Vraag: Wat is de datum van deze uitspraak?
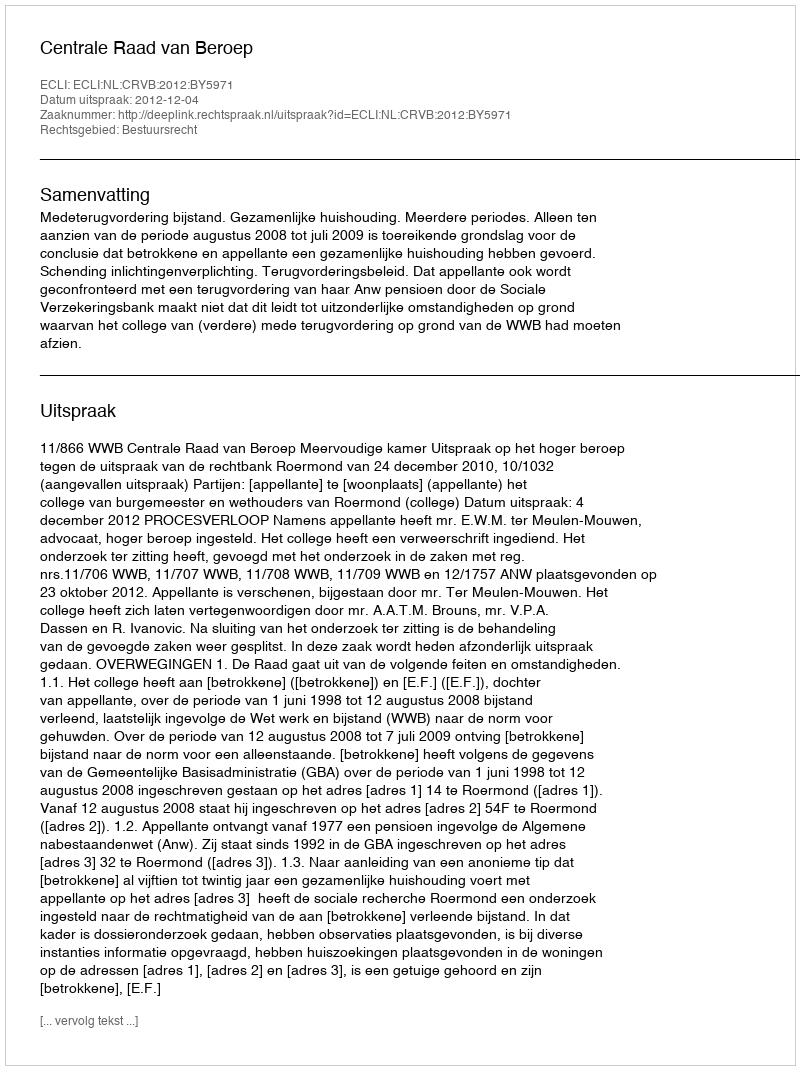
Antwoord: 2012-12-04